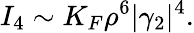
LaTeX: I_{4}\sim K_{F}\rho^{6}|\gamma_{2}|^{4}.